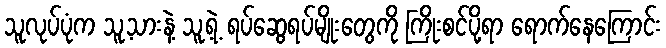
သူလုပ်ပုံက သူ့သားနဲ့ သူ့ရဲ့ ရပ်ဆွေရပ်မျိုးတွေကို ကြိုးစင်ပို့ရာ ရောက်နေကြောင်း